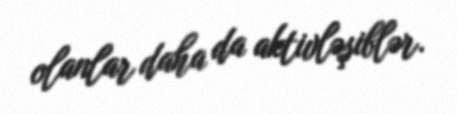
olanlar daha da aktivləşiblər.